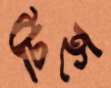
টিহ্ন